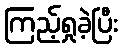
ကြည့်ရှုခဲ့ပြီး